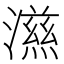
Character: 𭲵